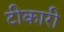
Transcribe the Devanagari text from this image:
टीकारी